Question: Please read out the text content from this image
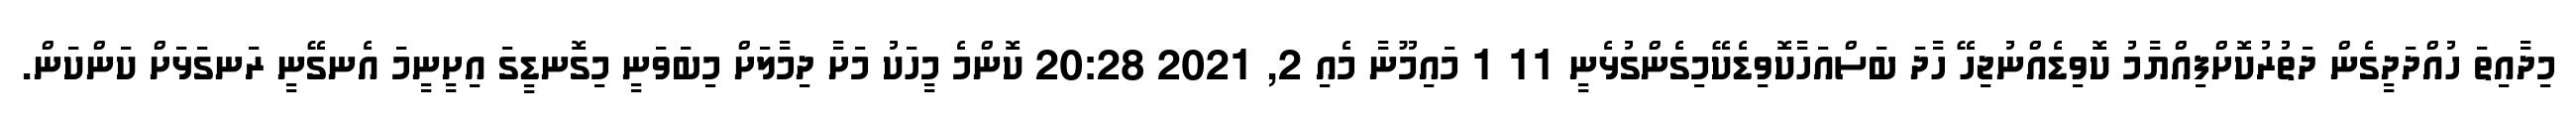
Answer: މިދާއިތަ ހުއްދަދީގެން ދަތުރުކޮށްފިއްޔާމު ކޮވިޑެއްނުޖިހޭ ހާދަ ބަސްއަހާކޮވިޑެކޭމިގެންގުޅެނީ 11 1 މައިމޫނާ މެއި 2, 2021 20:28 ކޮންމެ މީހަކު މަށާ ދިމާލަށް މިބަވަނީ މިގޮނޑީގަ އިށީނީމަ އެނގޭނީ ރަނގަޅަށް ކަންކަން.